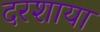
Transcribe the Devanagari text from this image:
दरशाया